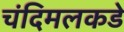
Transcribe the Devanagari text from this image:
चंदिमलकडे